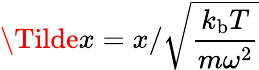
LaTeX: \Tilde{x}=x/\sqrt{\frac{k_{\mathrm{b}}T}{m\omega^{2}}}